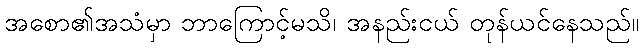
အစော၏အသံမှာ ဘာကြောင့်မသိ၊ အနည်းငယ် တုန်ယင်နေသည်။